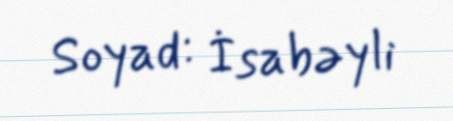
Soyad: İsabəyli